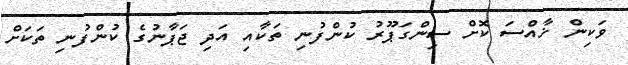
ވަކިން ޚާއްސަ ކޮށް ސިންގަޕޫރު ކުންފުނި ތަކާއި އަދި ޖަޕާނުގެ ކުންފުނި ތަކަށް